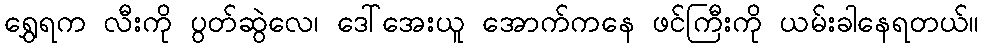
ရွှေရက လီးကို ပွတ်ဆွဲလေ၊ ဒေါ်အေးယူ အောက်ကနေ ဖင်ကြီးကို ယမ်းခါနေရတယ်။